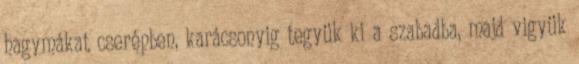
hagymákat cserépben, karácsonyig tegyük ki a szabadba, majd vigyük